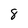
Character: 8